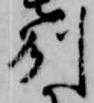
州